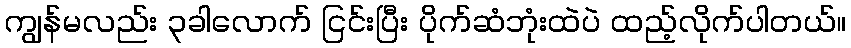
ကျွန်မလည်း ၃ခါလောက် ငြင်းပြီး ပိုက်ဆံဘုံးထဲပဲ ထည့်လိုက်ပါတယ်။